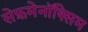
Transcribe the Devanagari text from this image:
सेफ़मेनॉक्सिम